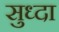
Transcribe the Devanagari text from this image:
सुध्‍दा